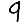
Digit: 9